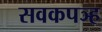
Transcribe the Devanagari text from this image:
सवकपञ्ह